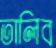
তালিব